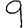
Digit: 9